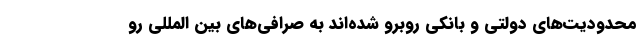
محدودیت‌های دولتی و بانکی روبرو شده‌اند به صرافی‌های بین المللی رو